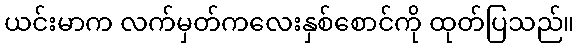
ယင်းမာက လက်မှတ်ကလေးနှစ်စောင်ကို ထုတ်ပြသည်။